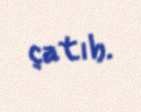
çatıb.